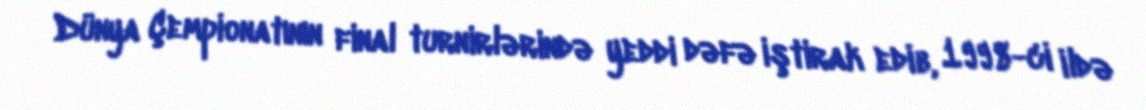
Dünya Çempionatının final turnirlərində yeddi dəfə iştirak edib, 1998-ci ildə